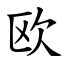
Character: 欧